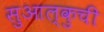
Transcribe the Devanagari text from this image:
सुआल्कुची